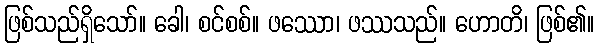
ဖြစ်သည်ရှိသော်။ ခေါ၊ စင်စစ်။ ဖဿော၊ ဖဿသည်။ ဟောတိ၊ ဖြစ်၏။